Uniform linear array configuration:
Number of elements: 32
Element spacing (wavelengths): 1
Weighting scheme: cosine
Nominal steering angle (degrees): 45
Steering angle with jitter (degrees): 46.789
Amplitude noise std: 0.05
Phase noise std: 0.05

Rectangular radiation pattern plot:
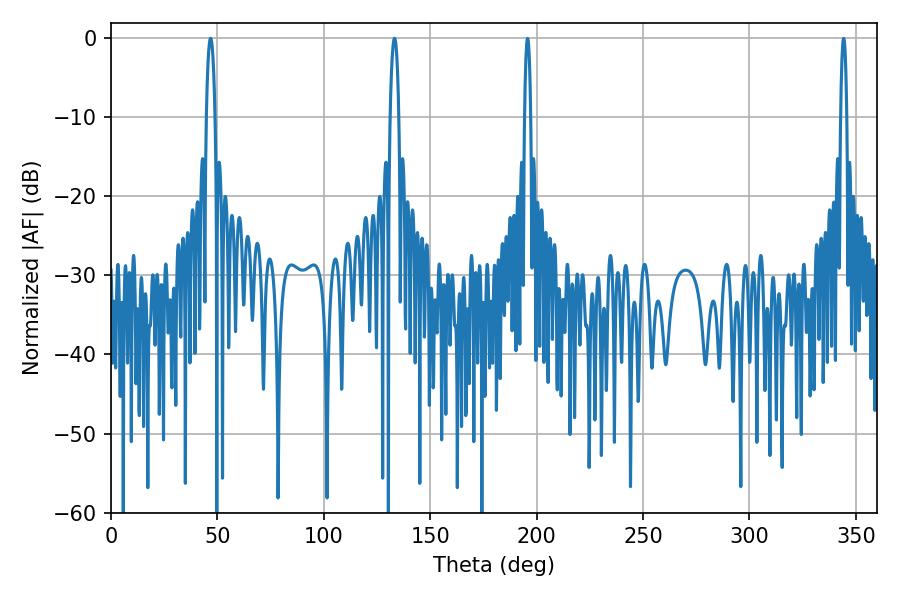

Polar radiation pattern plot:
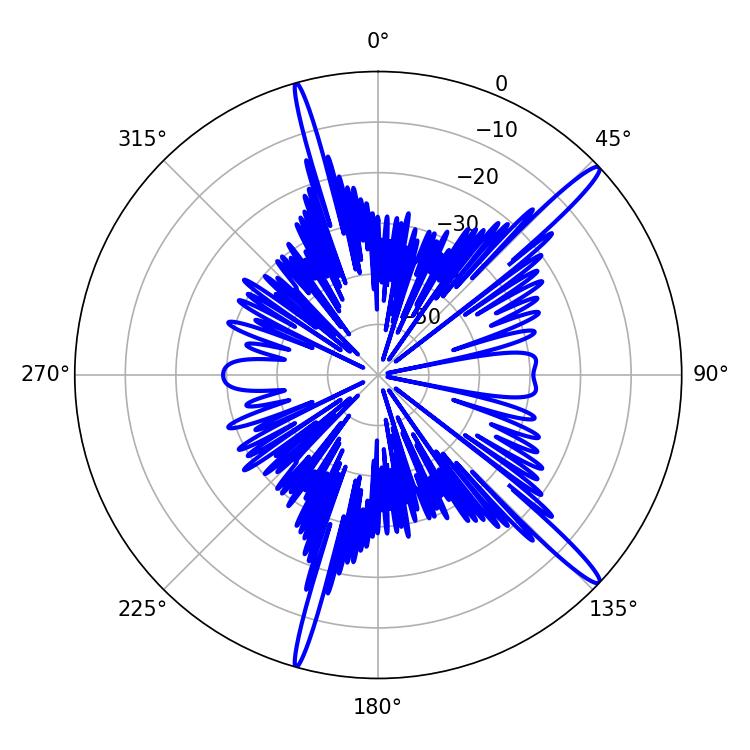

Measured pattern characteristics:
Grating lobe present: TRUE
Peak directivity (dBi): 16.083
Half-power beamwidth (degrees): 2.16
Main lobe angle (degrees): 46.8